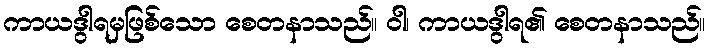
ကာယဒွါရမှဖြစ်သော စေတနာသည်။ ဝါ၊ ကာယဒွါရ၏ စေတနာသည်။